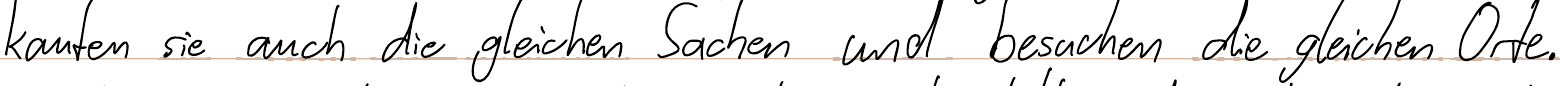
kaufen sich auch die gleichen Sachen und besuchen die gleichen Orte.